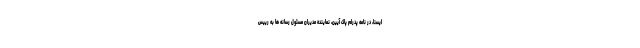
ایسنا، در نامه پدرام پاک آیین، نماینده مدیران مسئول رسانه ها به رییس